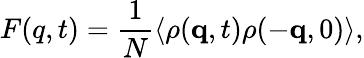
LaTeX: F(q,t)=\frac{1}{N}\langle\rho(\mathbf{q},t)\rho(-\mathbf{q},0)\rangle,